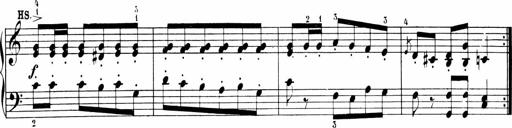
Title: Sonatinen Op.47, 98 und 136, nebst 6 Liedersonatinen
Composer: Carl Reinecke